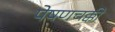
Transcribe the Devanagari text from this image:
पेषणचक्की